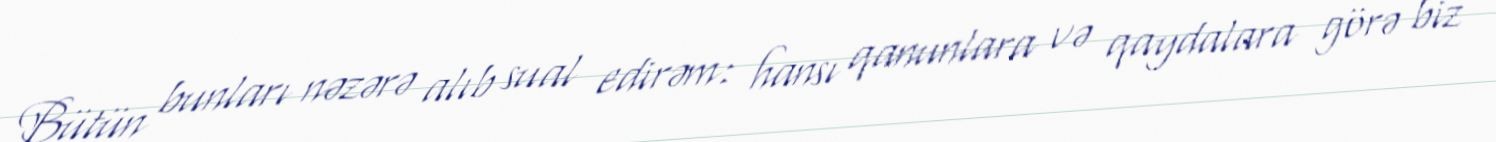
Bütün bunları nəzərə alıb sual edirəm: hansı qanunlara və qaydalara görə biz